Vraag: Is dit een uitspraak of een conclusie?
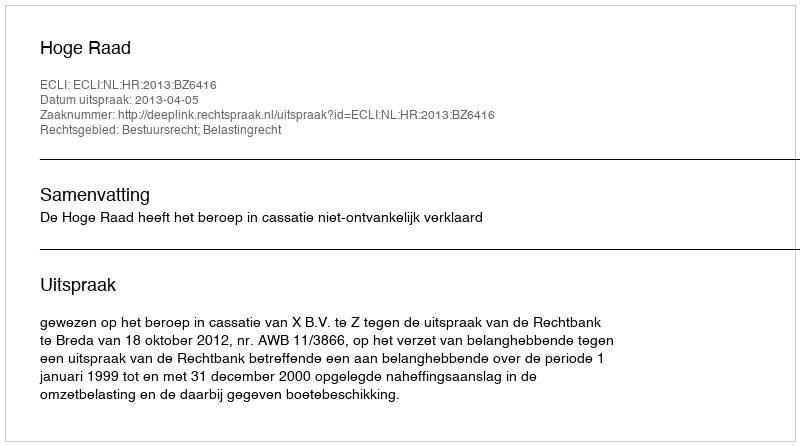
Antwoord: Uitspraak